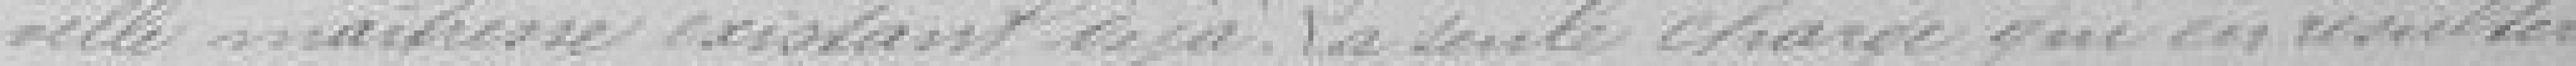
velle maîtresse existant déjà. La seule charge qui en résultera